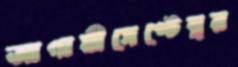
আগামীসেপ্টেম্বর